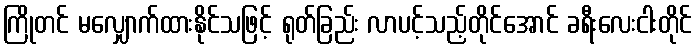
ကြိုတင် မလျှောက်ထားနိုင်သဖြင့် ရုတ်ခြည်း လာပင့်သည့်တိုင်အောင် ခရီးလေးငါးတိုင်